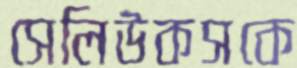
সেলিউকসকে